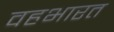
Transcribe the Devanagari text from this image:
वहभारत